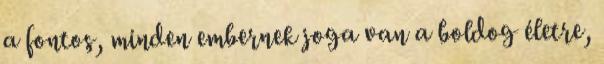
a fontos, minden embernek joga van a boldog életre,